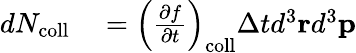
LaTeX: \begin{array}{rl}{dN_{\mathrm{coll}}}&{{}=\left({\frac{\partial f}{\partial t}}\right)_{\mathrm{coll}}\Delta td^{3}\mathbf{r}d^{3}\mathbf{p}}\end{array}